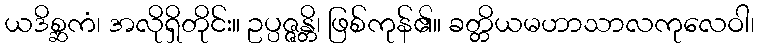
ယဒိစ္ဆကံ၊ အလိုရှိတိုင်း။ ဥပ္ပဇ္ဇန္တိ၊ ဖြစ်ကုန်၏။ ခတ္တိယမဟာသာလကုလေဝါ၊